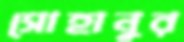
সোহানুর